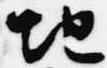
地